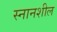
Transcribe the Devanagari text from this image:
स्नानशील